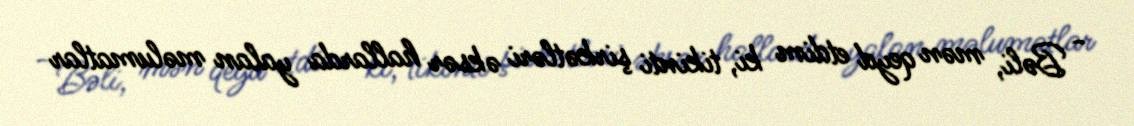
- Bəli, mən qeyd etdim ki, tikinti şirkətləri əksər hallarda yalan məlumatlar